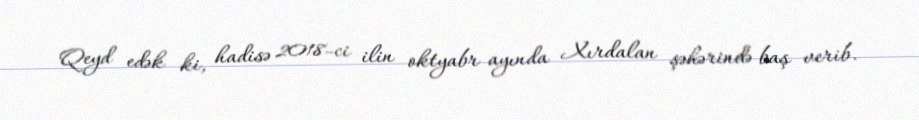
Qeyd edək ki, hadisə 2018-ci ilin oktyabr ayında Xırdalan şəhərində baş verib.